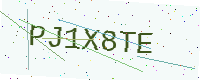
Text: PJ1X8TE